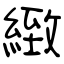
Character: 緻